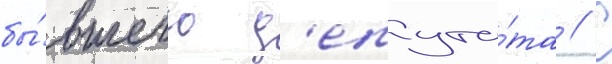
бы́вшего д'епута́та // С